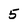
Character: 5